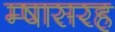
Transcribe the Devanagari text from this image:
म्षासरह